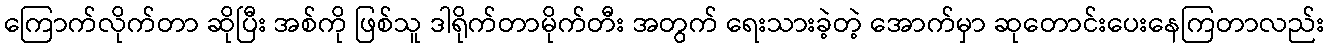
ကြောက်လိုက်တာ ဆိုပြီး အစ်ကို ဖြစ်သူ ဒါရိုက်တာမိုက်တီး အတွက် ရေးသားခဲ့တဲ့ အောက်မှာ ဆုတောင်းပေးနေကြတာလည်း